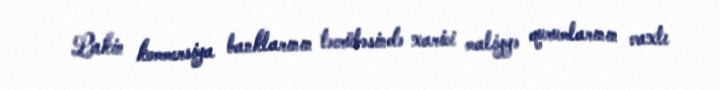
Lakin kommersiya banklarının təcrübəsində xarici maliyyə qurumlarının vaxtı